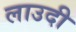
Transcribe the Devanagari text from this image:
लाउदी